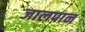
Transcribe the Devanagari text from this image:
जालपान